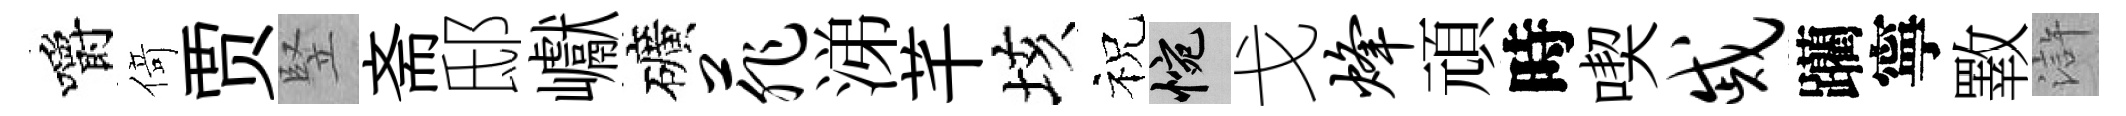
嚼𠋣贾竪斋邸巘礦菲涕芊垓祝惋戈烽頑時喫戚躪寧斁滸